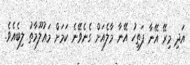
އަދި މިރޭ އޭނާ ފަތިހު އޭނާ މާލެއަށް ގެނެވޭނެ ކަމަށް މަޢުލޫމާތު ލިބެއެވެ.